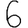
Digit: 6